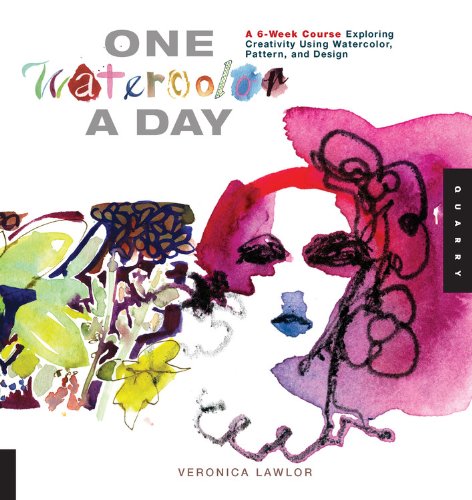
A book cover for One Watercolor a Day: A 6-Week Course Exploring Creativity Using Watercolor, Pattern, and Design (One A Day); Veronica Lawlor; Arts & Photography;